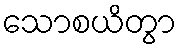
သောစယိတွာ